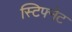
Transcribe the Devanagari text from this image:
स्टिफ्नेट